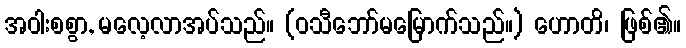
အဝါးစစွာ, မလေ့လာအပ်သည်။ (ဝသီဘော်မမြောက်သည်။) ဟောတိ၊ ဖြစ်၏။